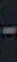
-